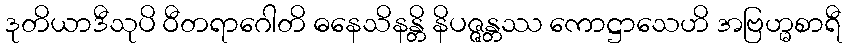
ဒုတိယာဒီသုပိ ဝီတရာဂေါတိ ဓနေသိနန္တိ နိပဇ္ဇန္တဿ ကောဋ္ဌာသေဟိ အဗြဟ္မစာရီ